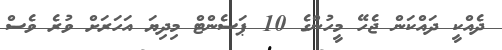
ދެއްކީ ދައްކަން ޖެހޭ މީހުންގެ 10 ޕަސެންޓް މިދިޔަ އަހަރަށް ވުރެ ވެސް